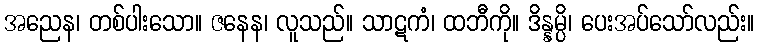
အညေန၊ တစ်ပါးသော။ ဇနေန၊ လူသည်။ သာဋကံ၊ ထဘီကို။ ဒိန္နမ္ပိ၊ ပေးအပ်သော်လည်း။